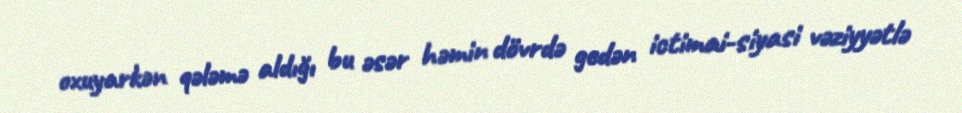
oxuyarkən qələmə aldığı bu əsər həmin dövrdə gedən ictimai-siyasi vəziyyətlə